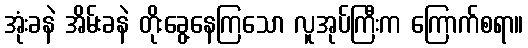
အုံးခနဲ အိမ်းခနဲ တိုးခွေ့နေကြသော လူအုပ်ကြီးက ကြောက်စရာ။